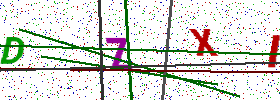
Text: DZXI